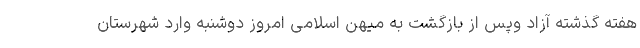
هفته گذشته آزاد وپس از بازگشت به میهن اسلامی امروز دوشنبه وارد شهرستان